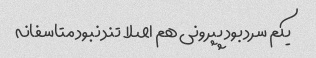
یکم سرد بود پپرونی هم اصلا تند نبود متاسفانه